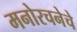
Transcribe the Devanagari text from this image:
मनोरचनेचे